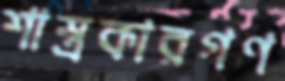
শাস্ত্রকারগণ